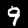
Digit: 9